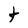
Character: t